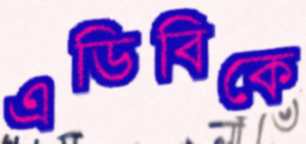
এডিবিকে